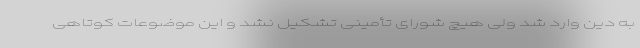
به دین وارد شد ولی هیچ شورای تأمینی تشکیل نشد و این موضوعات کوتاهی